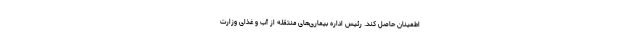
اطمینان حاصل کند. رئیس اداره بیماری‌های منتقله از آب و غذای وزارت